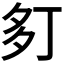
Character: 𫯍